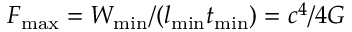
F _ { \mathrm { m a x } } = W _ { \mathrm { m i n } } / ( l _ { \mathrm { m i n } } t _ { \mathrm { m i n } } ) = c ^ { 4 } / 4 G